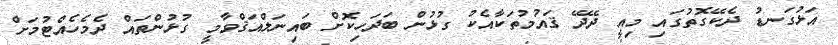
އަޅުގަނޑު ދެކޭގޮތުގައި މިއީ ދޭދޭ ޤައުމުތަކާއެކު ގުޅުން ބަދަހިކޮށް ބައިނަލްއަޤްވާމީ ގުޅުންތައް ދެމެހެއްޓުމަށް